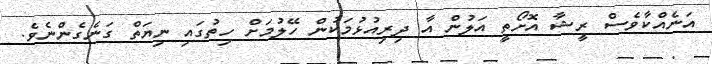
އަނެއްކާވެސް ރީޝާ އޮށޯތީ އަލުން އާ ދިރިއުޅުމަކުން ހޭލުމަށް ހިތުގައި ނިޔަތް ގަނެގެންނެވެ.